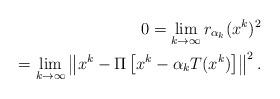
LaTeX: \begin{align*}0 = \lim_{k\rightarrow\infty}r_{\alpha_k}(x^k)^2\\=\lim_{k\rightarrow\infty}\left\Vert x^k-\Pi\left[x^k-\alpha_k T(x^k)\right]\right\Vert^2.\end{align*}